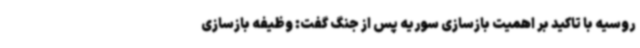
روسیه با تاکید بر اهمیت بازسازی سوریه پس از جنگ گفت: وظیفه بازسازی